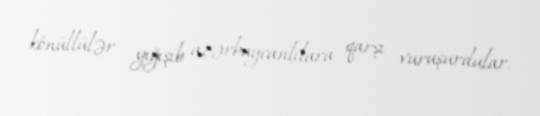
könüllülər yığışıb azərbaycanlılara qarşı vuruşurdular.